Civil Veterinary Dept. Bombay admin report 1923-31 - 1923-1931
Year: 1923
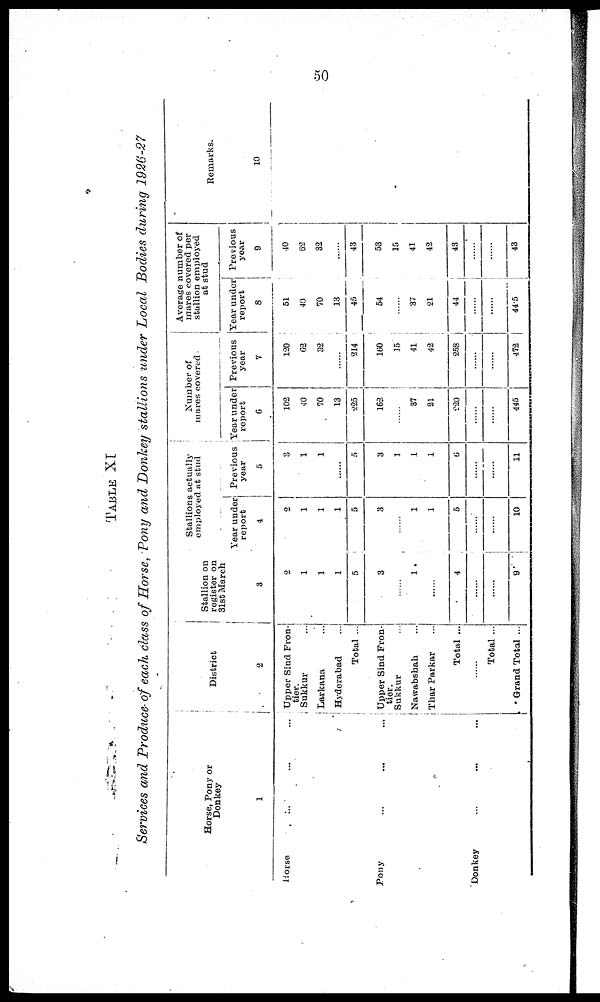
50
TABLE
XI
Services and Produce of each class of Horse, Pony and Donkey stallions under Local Bodies during 1926-27
Horse, Pony or
Donkey
1
Horse ... ... ...
Pony ... ... ...
Donkey
...
... ...
District
2
Upper Sind Fron-
tier.
Sukkur ...
Larkana ...
Hyderabad ...
Total ...
Upper Sind Fron-
tier.
Sukkur ...
Nawabshah ...
Thar Parkar ...
Total ...
......
Total ...
Grand Total ...
Stallion on
register on
31st March
3
2
1
1
1
5
3
......
1
......
4
......
......
9
Stallions actually
employed at stud
Year under
report
4
2
1
1
1
5
3
......
1
1
5
......
......
10
Previous
year
5
3
1
1
......
5
3
1
1
1
6
......
......
11
Number of
mares covered
Year under
report
6
102
40
70
13
225
162
......
37
21
220
......
......
445
Previous
year
7
120
62
32
......
214
160
15
41
42
258
......
......
472
Average number of
mares covered per
stallion employed
at stud
Year under
report
8
51
40
70
13
45
54
......
37
21
44
......
......
44.5
Previous
year
9
40
62
32
......
43
53
15
41
42
43
......
......
43
Remarks.
10